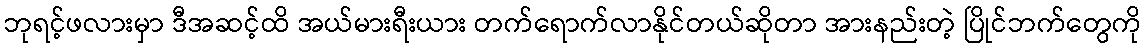
ဘုရင့်ဖလားမှာ ဒီအဆင့်ထိ အယ်မားရီးယား တက်ရောက်လာနိုင်တယ်ဆိုတာ အားနည်းတဲ့ ပြိုင်ဘက်တွေကို